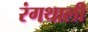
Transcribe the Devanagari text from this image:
रंगथाली